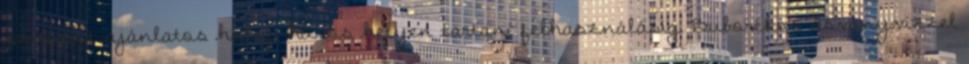
szirupot ajánlatos hideg, hűvös helyen tartani felhasználásig. Buborékos ásványvízzel